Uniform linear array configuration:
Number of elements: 64
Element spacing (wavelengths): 0.75
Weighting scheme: binomial
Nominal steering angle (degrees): -60
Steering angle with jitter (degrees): -61.05
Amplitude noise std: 0.05
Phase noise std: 0.05

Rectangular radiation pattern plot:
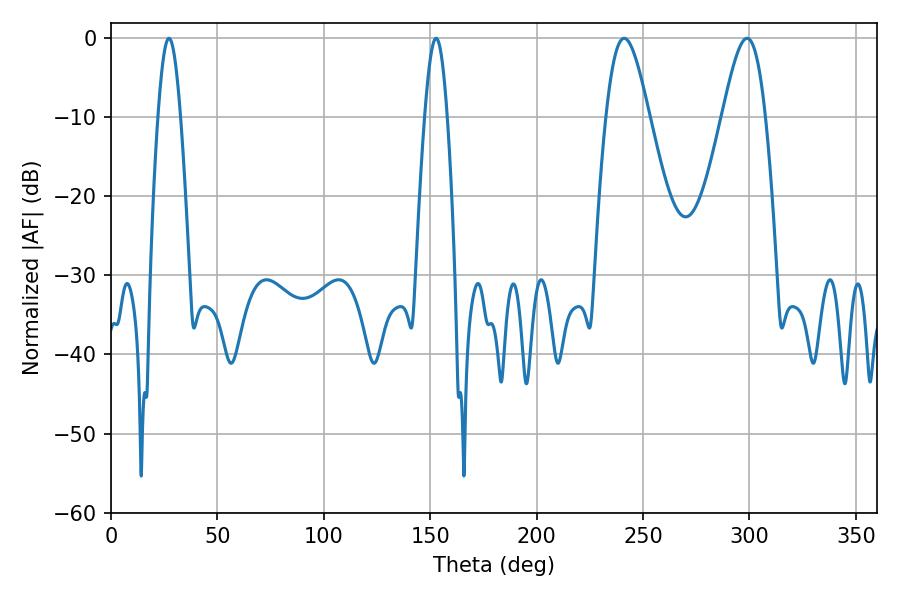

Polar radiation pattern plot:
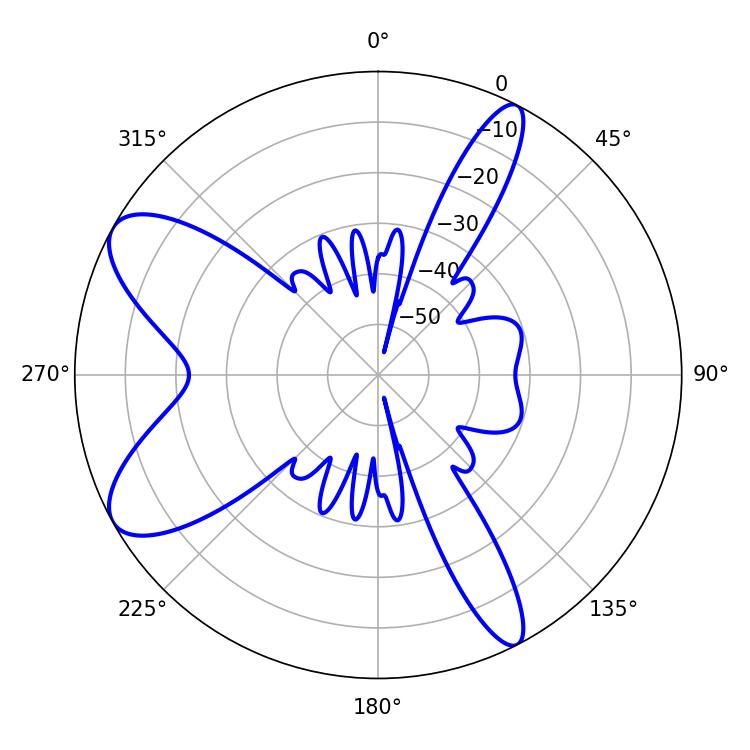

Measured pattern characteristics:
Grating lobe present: TRUE
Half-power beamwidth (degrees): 10.8
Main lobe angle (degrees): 298.8